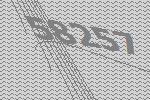
58257